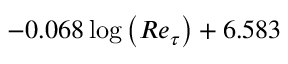
- 0 . 0 6 8 \log { \left( R e _ { \tau } \right) } + 6 . 5 8 3